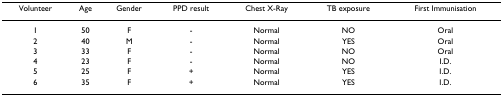
<table><thead><tr><td><b>Volunteer</b></td><td><b>Age</b></td><td><b>Gender</b></td><td><b>PPD result</b></td><td><b>Chest X-Ray</b></td><td><b>TB exposure</b></td><td><b>First Immunisation</b></td></tr></thead><tbody><tr><td>1</td><td>50</td><td>F</td><td>-</td><td>Normal</td><td>NO</td><td>Oral</td></tr><tr><td>2</td><td>40</td><td>M</td><td>-</td><td>Normal</td><td>YES</td><td>Oral</td></tr><tr><td>3</td><td>33</td><td>F</td><td>-</td><td>Normal</td><td>NO</td><td>Oral</td></tr><tr><td>4</td><td>23</td><td>F</td><td>-</td><td>Normal</td><td>NO</td><td>I.D.</td></tr><tr><td>5</td><td>25</td><td>F</td><td>+</td><td>Normal</td><td>YES</td><td>I.D.</td></tr><tr><td>6</td><td>35</td><td>F</td><td>+</td><td>Normal</td><td>YES</td><td>I.D.</td></tr></tbody></table>